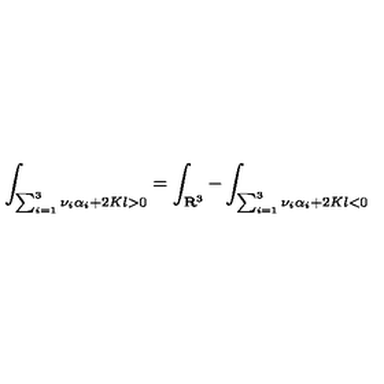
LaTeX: \int _ { \sum _ { i = 1 } ^ { 3 } \nu _ { i } \alpha _ { i } + 2 K l > 0 } = \int _ { { \bf R } ^ { 3 } } - \int _ { \sum _ { i = 1 } ^ { 3 } \nu _ { i } \alpha _ { i } + 2 K l < 0 }